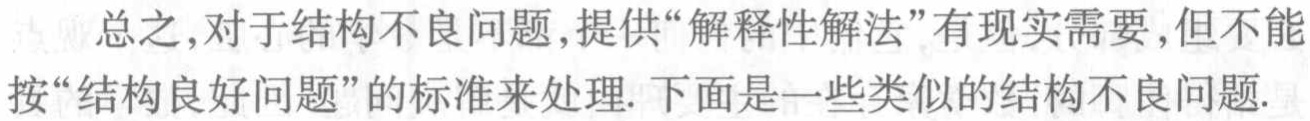
总之，对于结构不良问题，提供“解释性解法”有现实需要，但不能按“结构良好问题”的标准来处理. 下面是一些类似的结构不良问题.